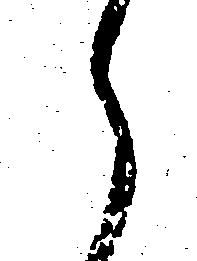
え